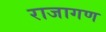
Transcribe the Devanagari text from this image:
राजागण